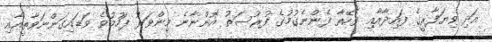
އަދި ވިޔަފާރީގެ ފައިދާއާއި ވެހޭތާ ފެންނެގުމުގެ ފުރުސަތު އޮންނާނެ މިންވަރު ފަހުމުވެ ވަޑައިގަންނަވާތީއާއި